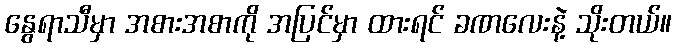
နွေရာသီမှာ အစားအစာကို အပြင်မှာ ထားရင် ခဏလေးနဲ့ သိုးတယ်။